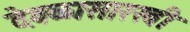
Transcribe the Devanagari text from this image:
देवळासारखी